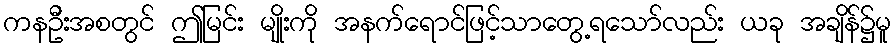
ကနဦးအစတွင် ဤမြင်း မျိုးကို အနက်ရောင်ဖြင့်သာတွေ့ရသော်လည်း ယခု အချိန်၌မူ